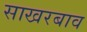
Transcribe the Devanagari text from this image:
साखरबाव